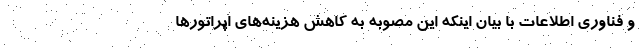
و فناوری اطلاعات با بیان اینکه این مصوبه به کاهش هزینه‌های اپراتورها